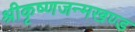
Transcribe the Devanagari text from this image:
श्रीकृष्णजन्मखण्ड